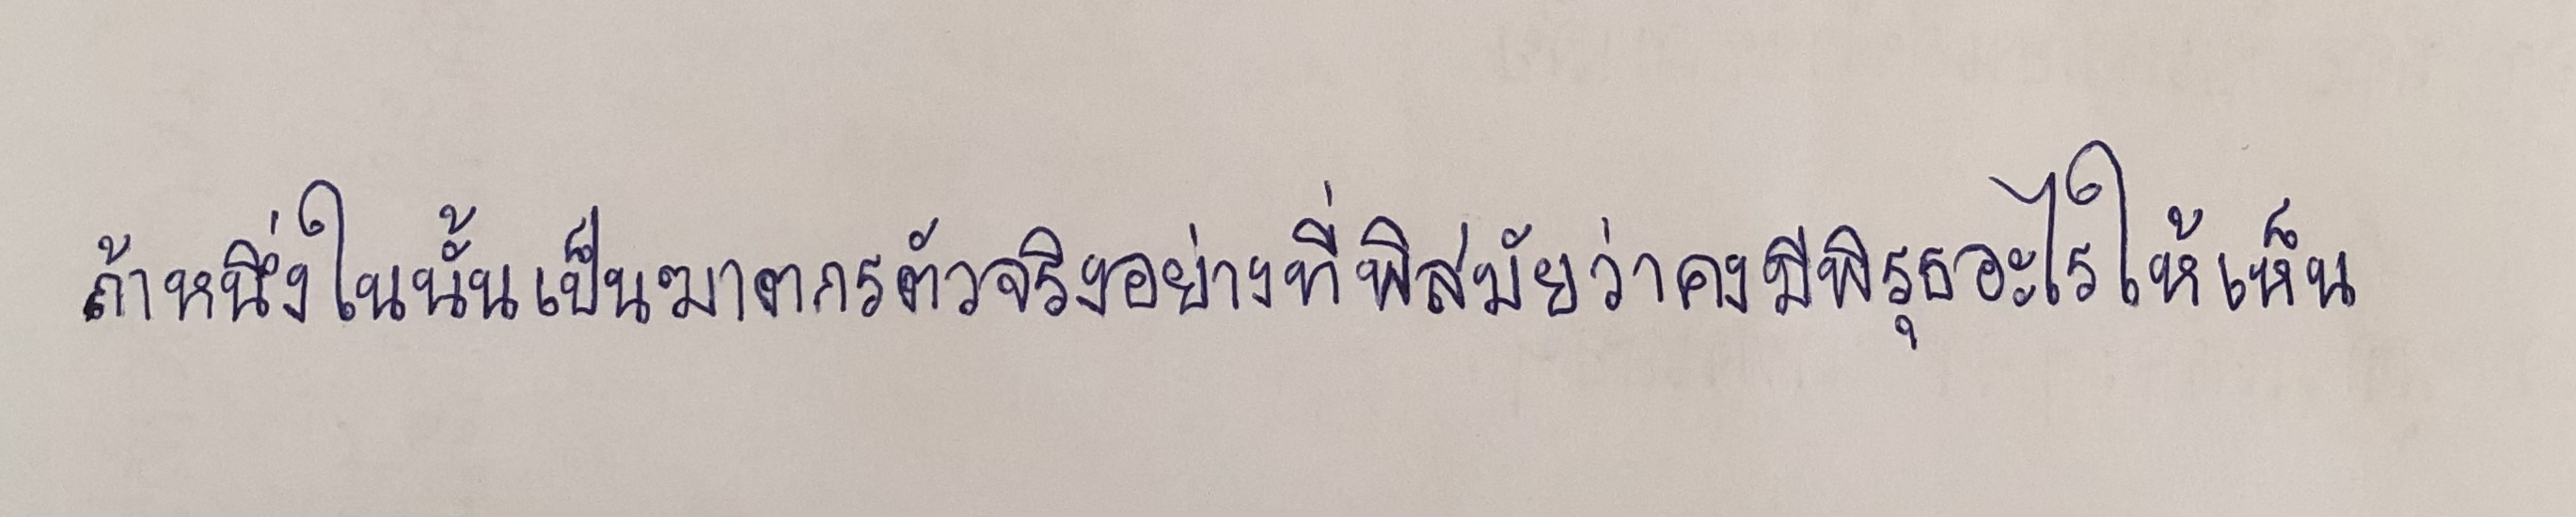
ถ้าหนึ่งในนั้นเป็นฆาตกรตัวจริงอย่างที่พิสมัยว่าคงมีพิรุธอะไรให้เห็น